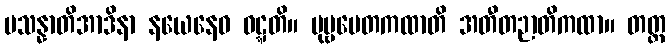
ပသန္နာတိအာဒိနာ နယေနေဝ ဝဋ္ဋတိ။ ပုဗ္ဗပေတကထာတိ အတီတဉာတိကထာ။ တတ္ထ